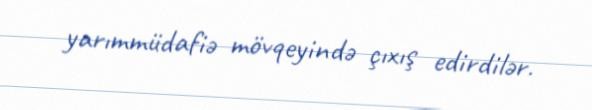
yarımmüdafiə mövqeyində çıxış edirdilər.